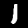
Label: 1